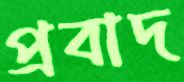
প্রবাদ